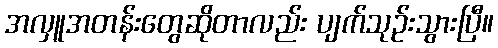
အလှူအတန်းတွေဆိုတာလည်း ပျက်သုဥ်းသွားပြီ။